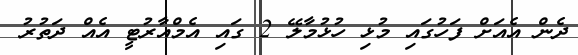
ދެން އެއަށް ފަހުގައި މުޅި ހުޅުމާލޭ 2 ގައި އެމްއާރުޓީ އެއް ދަތުރު